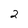
Character: 2